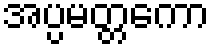
အပ္ပမတ္တကော